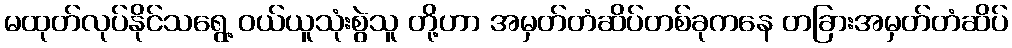
မထုတ်လုပ်နိုင်သရွေ့ ဝယ်ယူသုံးစွဲသူ တို့ဟာ အမှတ်တံဆိပ်တစ်ခုကနေ တခြားအမှတ်တံဆိပ်